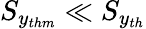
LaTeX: S_{y_{thm}}\ll S_{y_{th}}